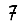
Digit: 7